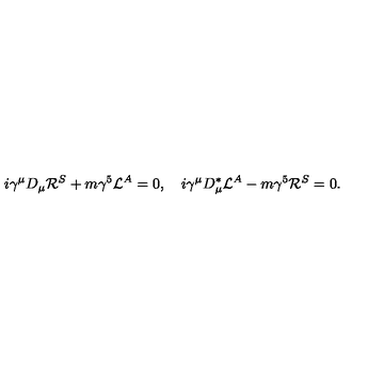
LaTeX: i \gamma ^ { \mu } D _ { \mu } { \cal R } ^ { S } + m \gamma ^ { 5 } { \cal L } ^ { A } = 0 , \quad i \gamma ^ { \mu } D _ { \mu } ^ { \ast } { \cal L } ^ { A } - m \gamma ^ { 5 } { \cal R } ^ { S } = 0 . \quad